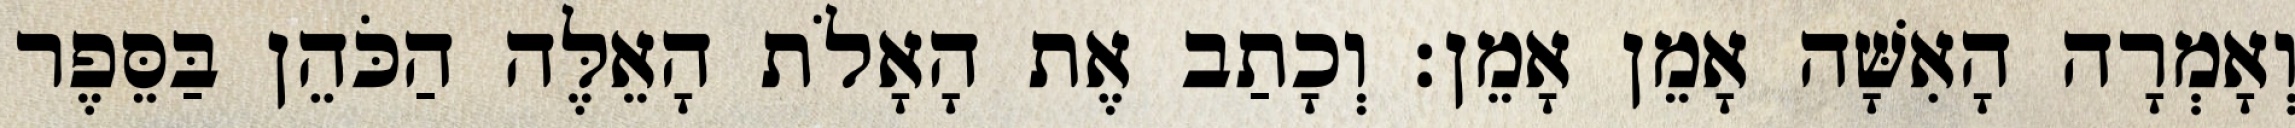
וְאָמְרָה הָאִשָּׁה אָמֵן אָמֵן׃ וְכָתַב אֶת הָאָלֹת הָאֵלֶּה הַכֹּהֵן בַּסֵּפֶר